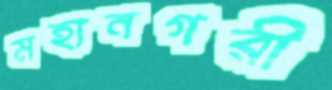
মহানগরী